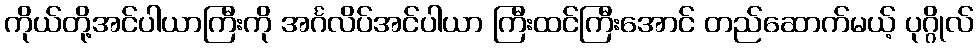
ကိုယ်တို့အင်ပါယာကြီးကို အင်္ဂလိပ်အင်ပါယာ ကြီးထင်ကြီးအောင် တည်ဆောက်မယ့် ပုဂ္ဂိုလ်